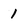
Character: 1